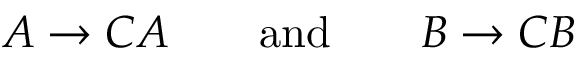
A \rightarrow C A \qquad { \mathrm { a n d } } \qquad B \rightarrow C B